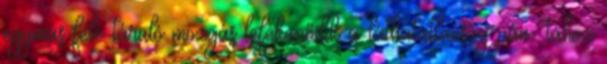
egymás felé táruló mozgás lefékeződik a láthatatlanság pán- tához